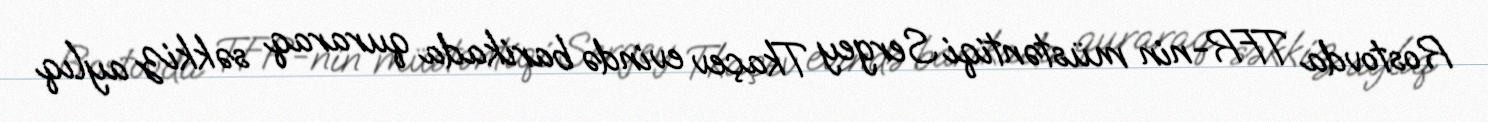
Rostovda TFR-nin müstəntiqi Sergey Tkaçev evində barikada quraraq səkkiz aylıq